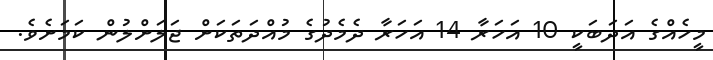
މީހެއްގެ އަދަބަކީ 10 އަހަރާ 14 އަހަރާ ދެމެދުގެ މުއްދަތަކަށް ޖަލަށްލުން ކަމަށެވެ.